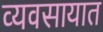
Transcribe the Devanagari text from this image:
व्‍यवसायात